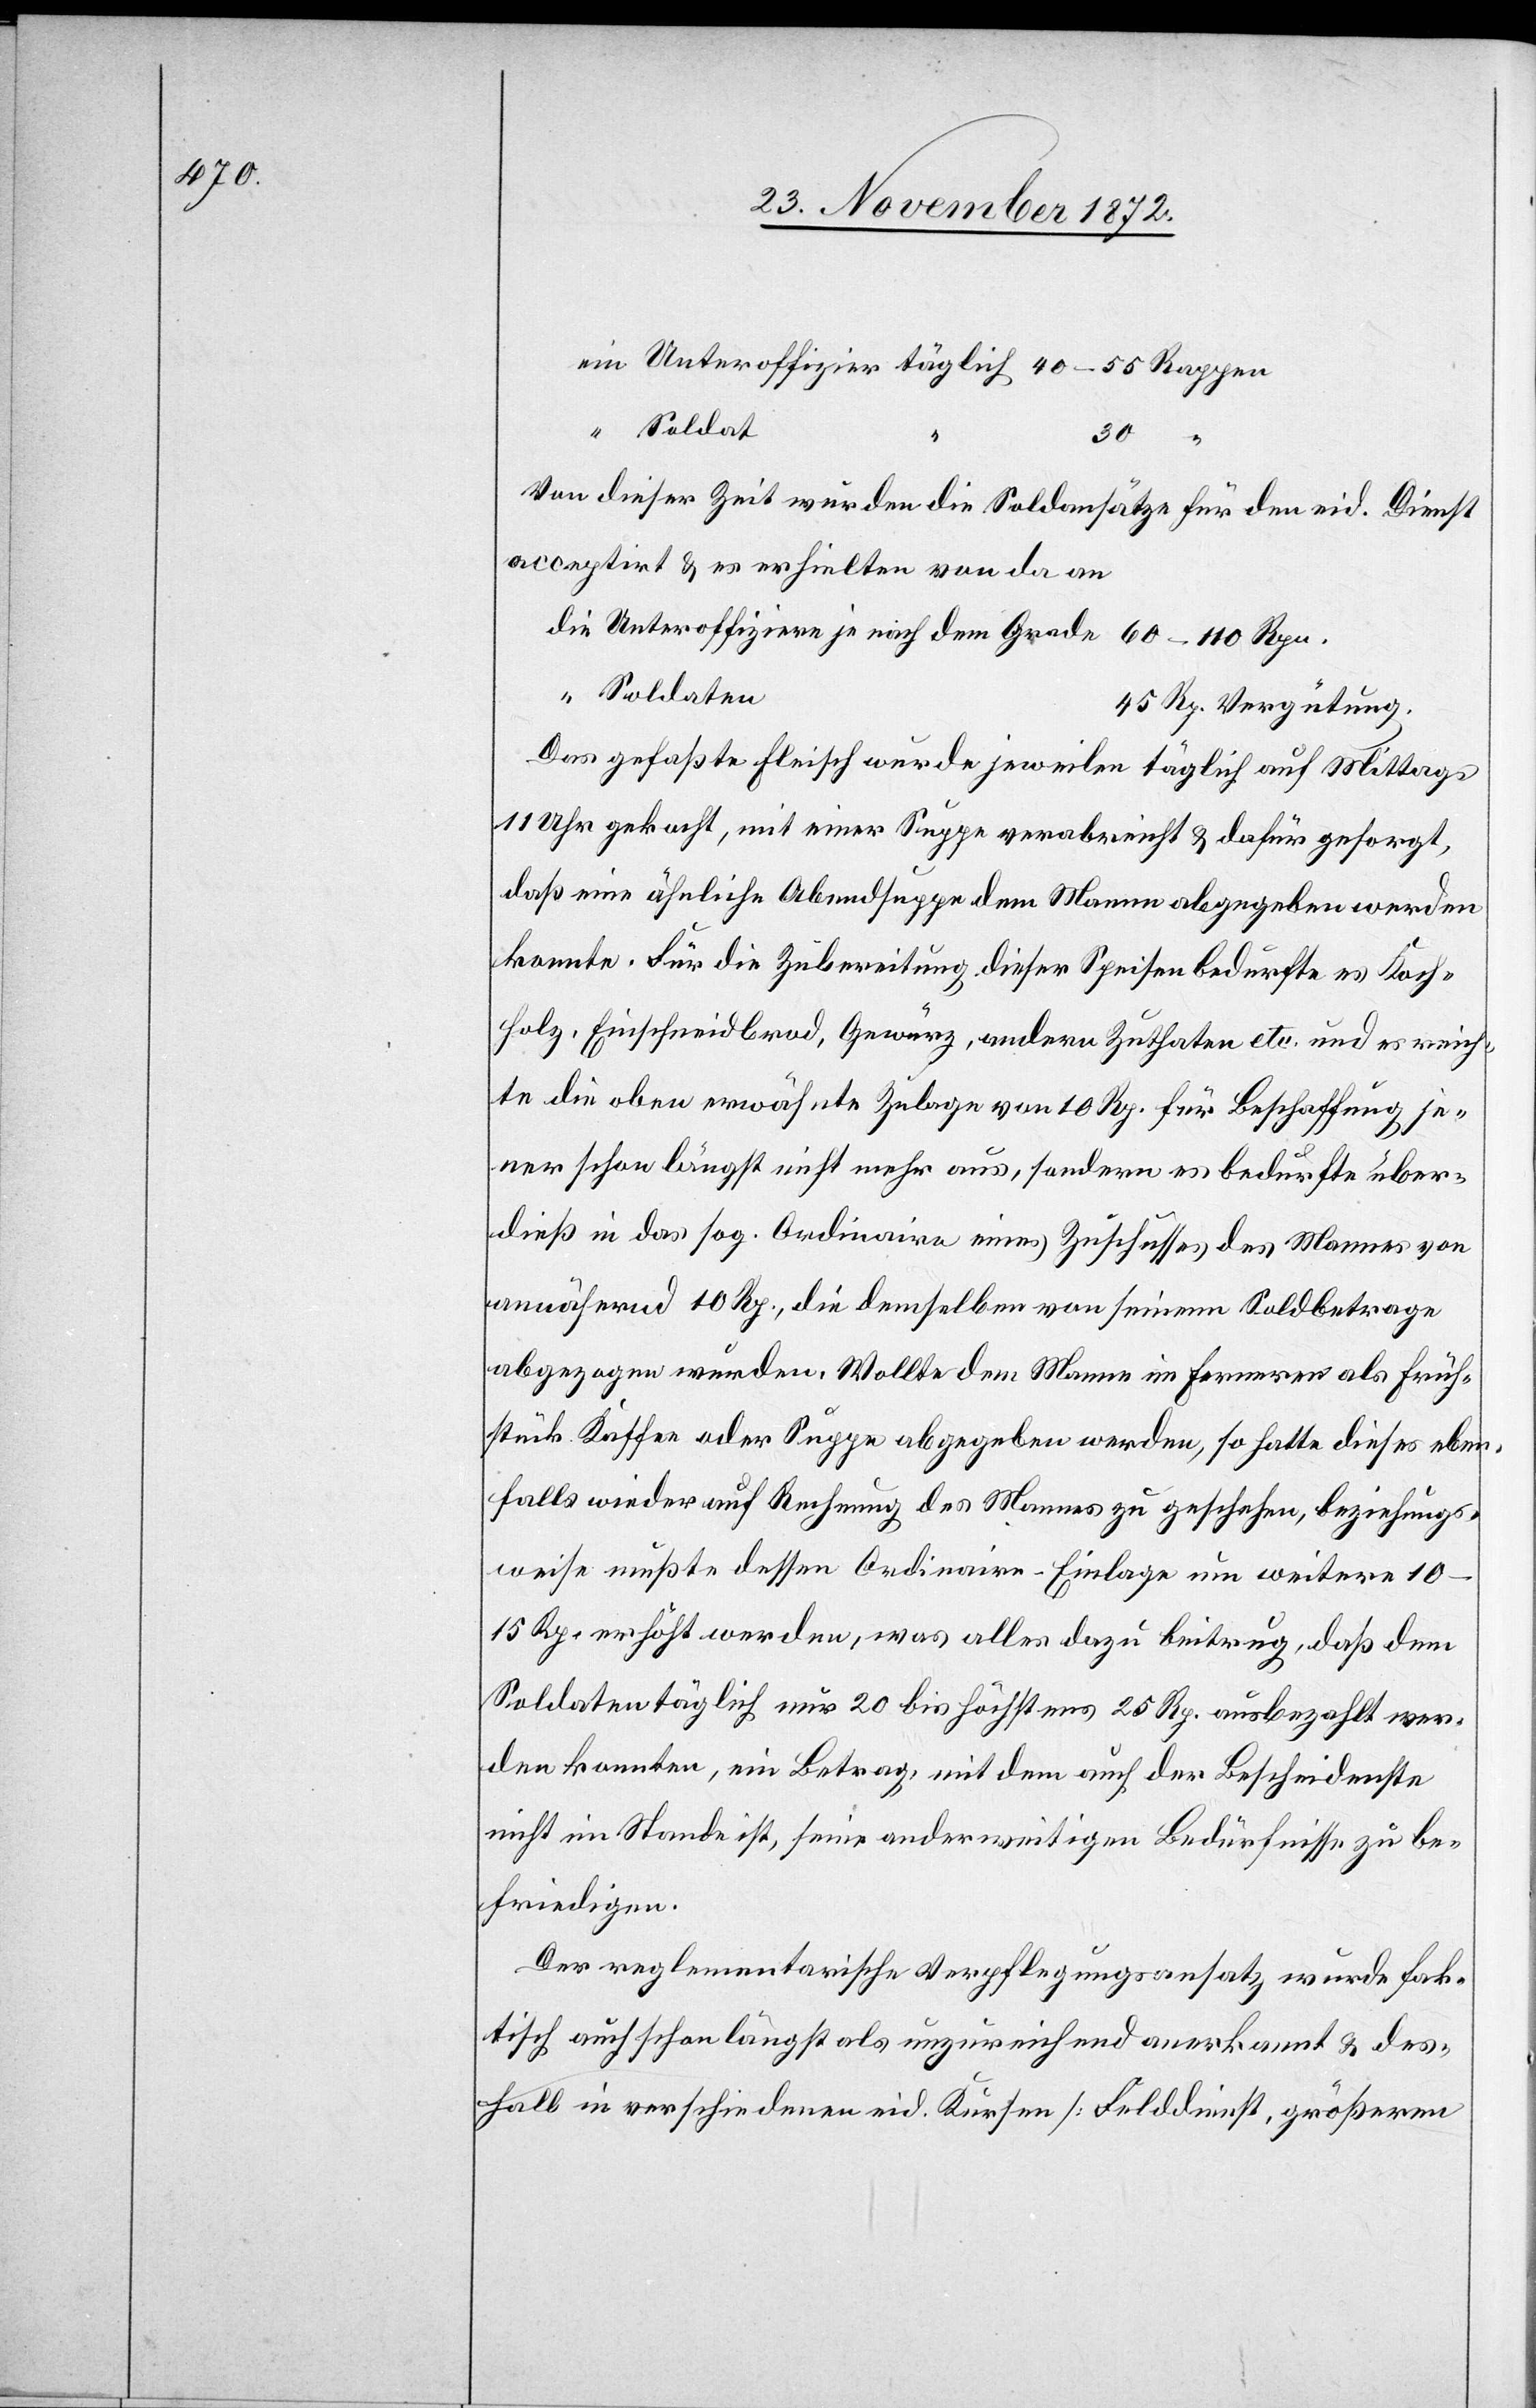
Soldat
30
Von dieser Zeit wurden die Soldansätze für den eid. Dienst
acceptirt u. es erhielten von da an
Soldaten
45 Rp. Vergütung.
Das gefaßte Fleisch wurde jeweilen täglich auf Mittags
11 Uhr gekocht, mit einer Suppe verabreicht u. dafür gesorgt,
daß eine ähnliche Abendsuppe dem Manne abgegeben werden
konnte. Für die Zubereitung dieser Speisen bedurfte es Koch¬
holz, Einschneidbrod, Gewürz, andere Zuthaten etc. und es reich¬
te die oben erwähnte Zulage von 10 Rp. für Beschaffung je¬
ner schon längst nicht mehr aus, sondern es bedurfte über¬
dieß in das sog. Ordinaire eines Zuschusses des Mannes von
annähernd 10 Rp., die demselben von seinem Soldbetrage
abgezogen wurden. Wollte dem Manne im Ferneren als Früh¬
stück Kaffee oder Suppe abgegeben werden, so hatte dieses eben¬
falls wieder auf Rechnung des Mannes zu geschehen, beziehungs¬
weise mußte dessen Ordinaire-Einlage um weitere 10–15
Rp. erhöht werden, was alles dazu beitrug, daß dem
Soldaten täglich nur 20 bis höchstens 25 Rp. ausbezahlt wer¬
den konnten, ein Betrag, mit dem auch der Bescheidenste
nicht im Stande ist, seine anderweitigen Bedürfnisse zu be¬
friedigen.
Der reglementarische Verpflegungsansatz wurde fak¬
tisch auch schon längst als unzureichend anerkannt u. des¬
halb in verschiedenen eid. Kursen [Felddienst, größeren